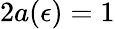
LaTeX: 2a(\epsilon)=1